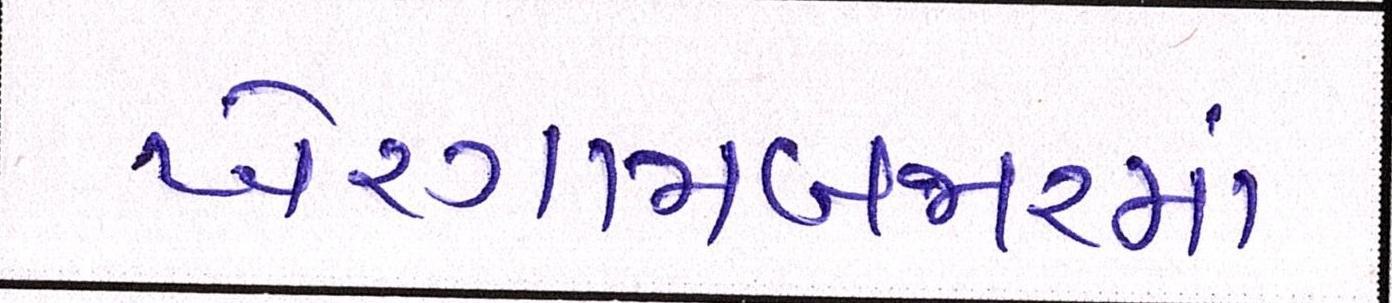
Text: ખેરગામબજારમાં